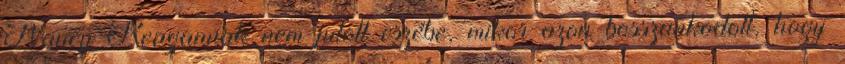
Nancy Reagannak nem jutott eszébe, mikor azon bosszankodott, hogy